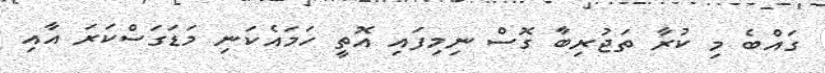
ގައްބެ މި ކުރާ ތަޖުރިބާ ގޮސް ނިމިފައި އޮތީ ހަމައެކަނި މަޑަގަސްކަރަ އާއި